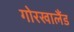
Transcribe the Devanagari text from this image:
गोरखालैंड